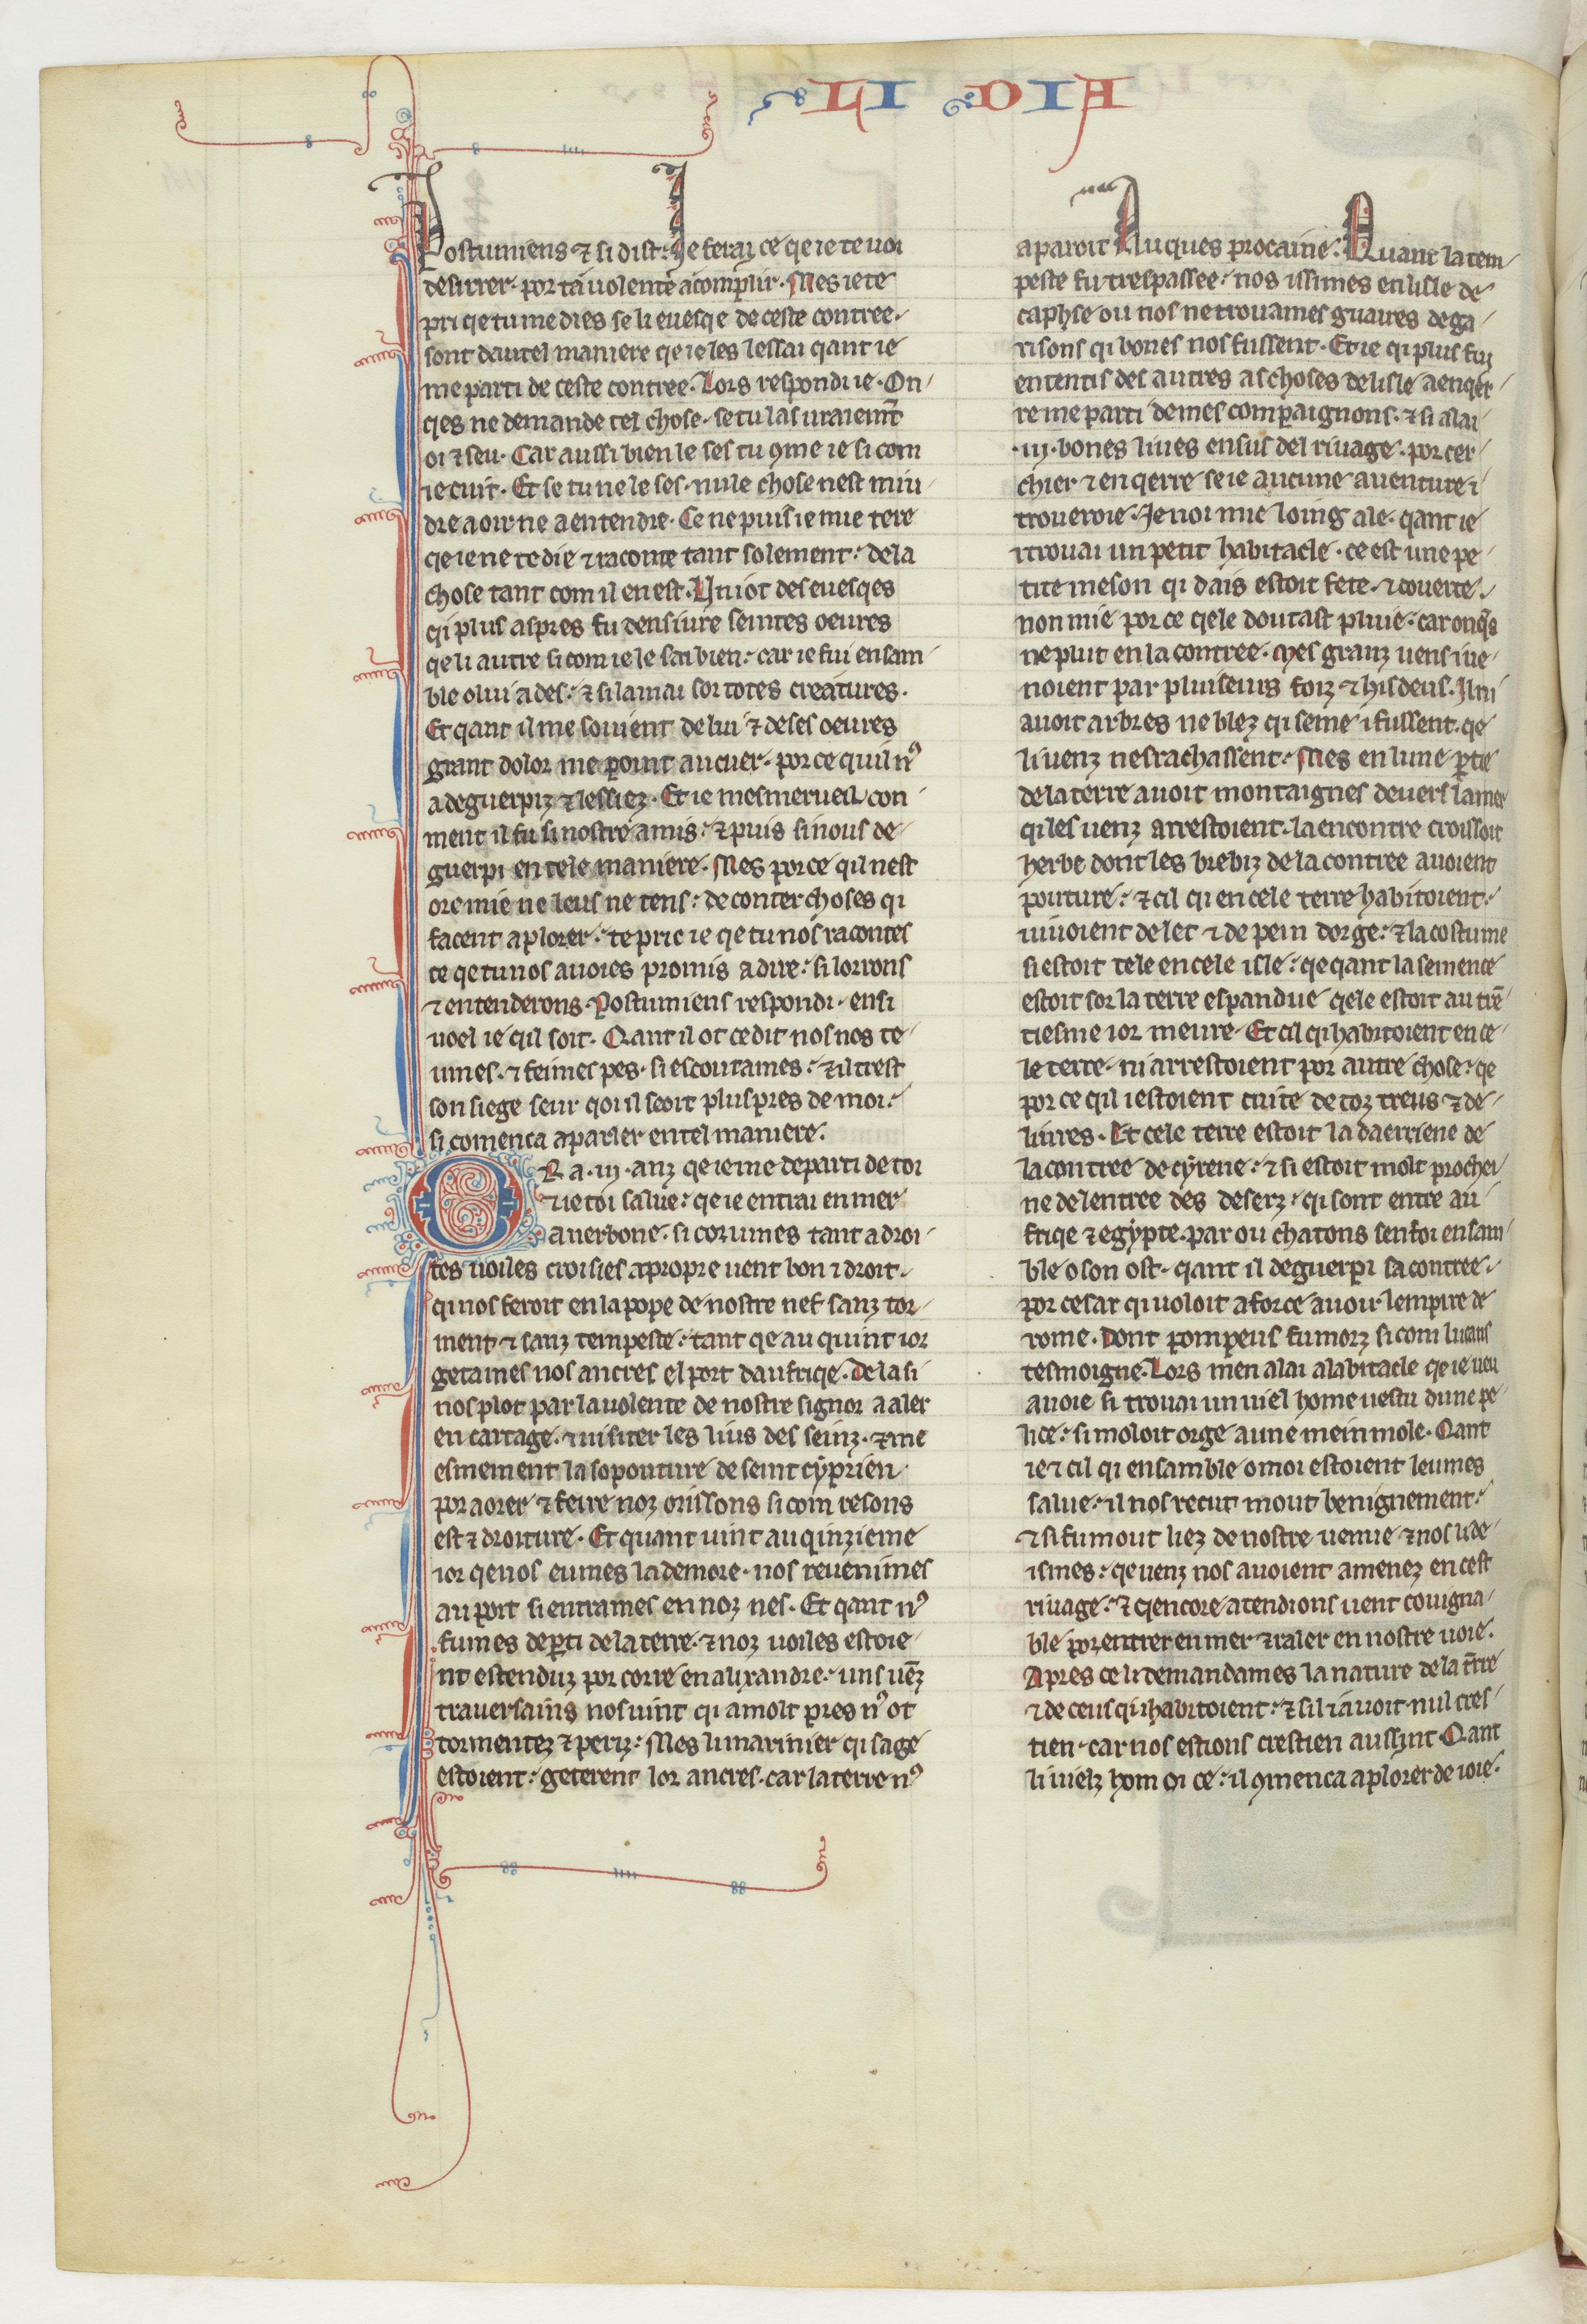
Shelfmark: Paris, BnF, fr. 412
Century: 13